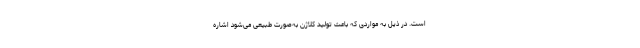
است. در ذیل به مواردی که باعث تولید کلاژن به‌صورت طبیعی می‌شود اشاره